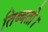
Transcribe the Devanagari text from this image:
तिब्बती।